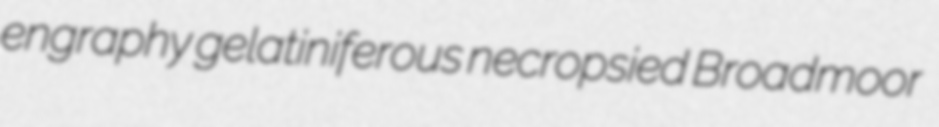
engraphy gelatiniferous necropsied Broadmoor